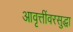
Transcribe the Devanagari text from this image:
आवृत्तींवरसुद्धा